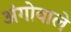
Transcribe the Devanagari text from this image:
अंगोवाले